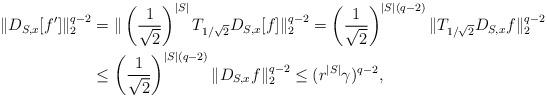
LaTeX: \begin{align*} \| D_{S,x}[f']\|_2^{q-2} &= \| \left( \frac{1}{\sqrt{2}} \right)^{|S|} T_{1/\sqrt{2}} D_{S, x}[f] \|_2^{q-2} = \left( \frac{1}{\sqrt{2}} \right)^{|S|(q-2)} \|T_{1/\sqrt{2}} D_{S,x} f\|_2^{q-2} \\ &\le \left( \frac{1}{\sqrt{2}} \right)^{|S|(q-2)}\|D_{S,x} f\|_2^{q-2} \le (r^{|S|}\gamma)^{q-2}, \end{align*}